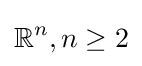
\mathbb {R} ^{n},n\geq 2